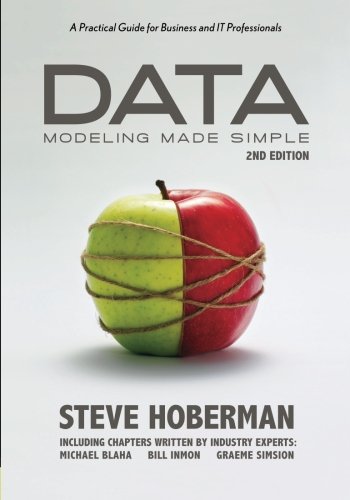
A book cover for Data Modeling Made Simple: A Practical Guide for Business and IT Professionals, 2nd Edition; Steve Hoberman; Computers & Technology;